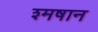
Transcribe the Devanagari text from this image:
श्मषान